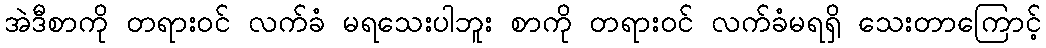
အဲဒီစာကို တရားဝင် လက်ခံ မရသေးပါဘူး စာကို တရားဝင် လက်ခံမရရှိ သေးတာကြောင့်